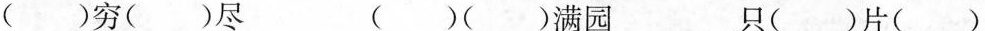
()穷()尽 ()()满园 只()片()